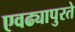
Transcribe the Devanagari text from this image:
एवढ्यापुरते